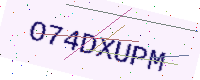
Text: O74DXUPM